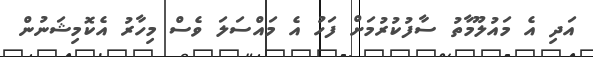
އަދި އެ މައުލޫމާތު ސާފުކުރުމަށް ފަހު އެ މައްސަލަ ވެސް މިހާރު އެކޮމިޝަނުން